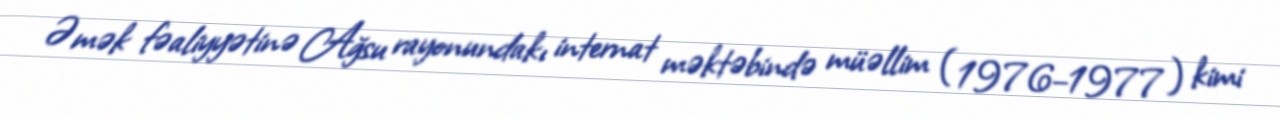
Əmək fəaliyyətinə Ağsu rayonundakı internat məktəbində müəllim (1976–1977) kimi